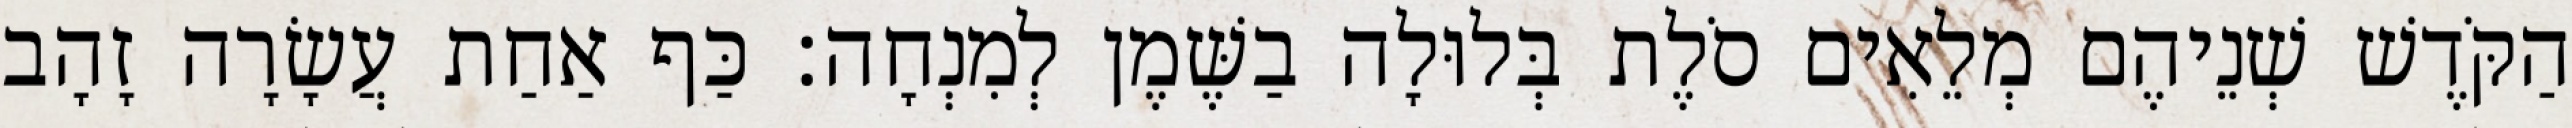
הַקֹּדֶשׁ שְׁנֵיהֶם מְלֵאִים סֹלֶת בְּלוּלָה בַשֶּׁמֶן לְמִנְחָה׃ כַּף אַחַת עֲשָׂרָה זָהָב